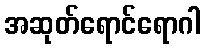
အဆုတ်ရောင်ရောဂါ